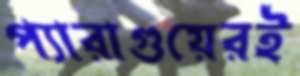
প্যারাগুয়েরই